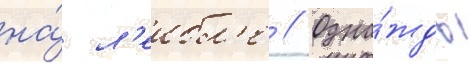
на́ л'еибл'е // Одна́жды